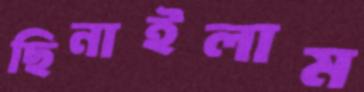
ছিনাইলাম